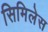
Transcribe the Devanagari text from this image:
सिमिलेस